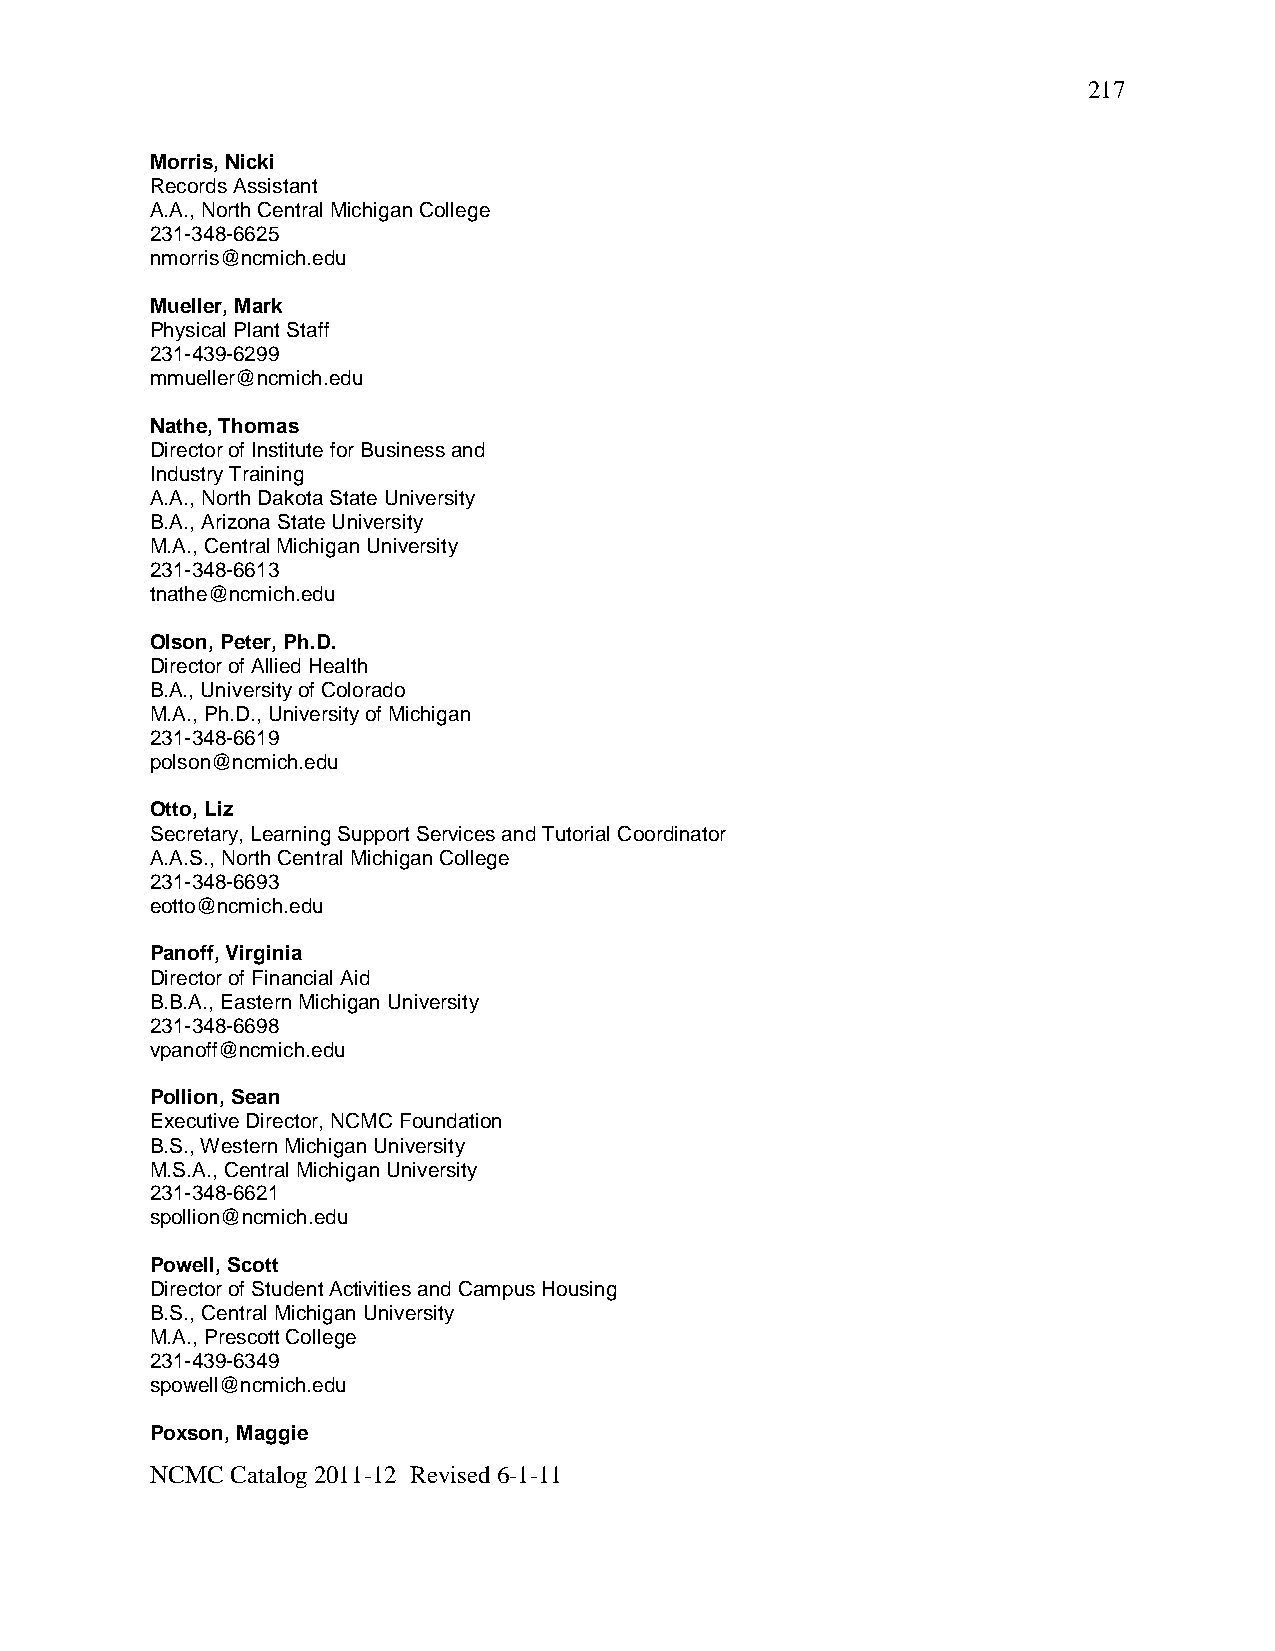
217
 Morris, Nicki
 Records Assistant
 A.A., North Central Michigan College
 231-348-6625
 nmorris@ncmich.edu
 Mueller, Mark
 Physical Plant Staff
 231-439-6299
 mmueller@ncmich.edu
 Nathe, Thomas
 Director of Institute for Business and
 Industry Training
 A.A., North Dakota State University
 B.A., Arizona State University
 M.A., Central Michigan University
 231-348-6613
 tnathe@ncmich.edu
 Olson, Peter, Ph.D.
 Director of Allied Health
 B.A., University of Colorado
 M.A., Ph.D., University of Michigan
 231-348-6619
 polson@ncmich.edu
 Otto, Liz
 Secretary, Learning Support Services and Tutorial Coordinator
 A.A.S., North Central Michigan College
 231-348-6693
 eotto@ncmich.edu
 Panoff, Virginia
 Director of Financial Aid
 B.B.A., Eastern Michigan University
 231-348-6698
 vpanoff@ncmich.edu
 Pollion, Sean
 Executive Director, NCMC Foundation
 B.S., Western Michigan University
 M.S.A., Central Michigan University
 231-348-6621
 spollion@ncmich.edu
 Powell, Scott
 Director of Student Activities and Campus Housing
 B.S., Central Michigan University
 M.A., Prescott College
 231-439-6349
 spowell@ncmich.edu
 Poxson, Maggie
 NCMC Catalog 2011-12 Revised 6-1-11